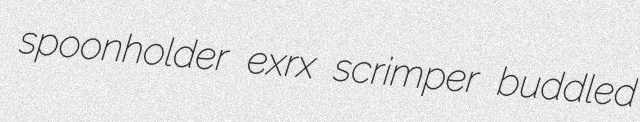
spoonholder exrx scrimper buddled